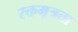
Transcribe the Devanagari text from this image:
रक्तमूत्रता